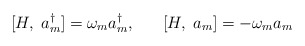
\begin{align*}[H, \; a^{\dagger}_{m} ] = \omega_{m} a^{\dagger}_{m} , \; \; \; \; \; \; [H, \; a_{m} ] = - \omega_{m} a_{m} \end{align*}